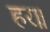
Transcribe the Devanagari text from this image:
हर॥